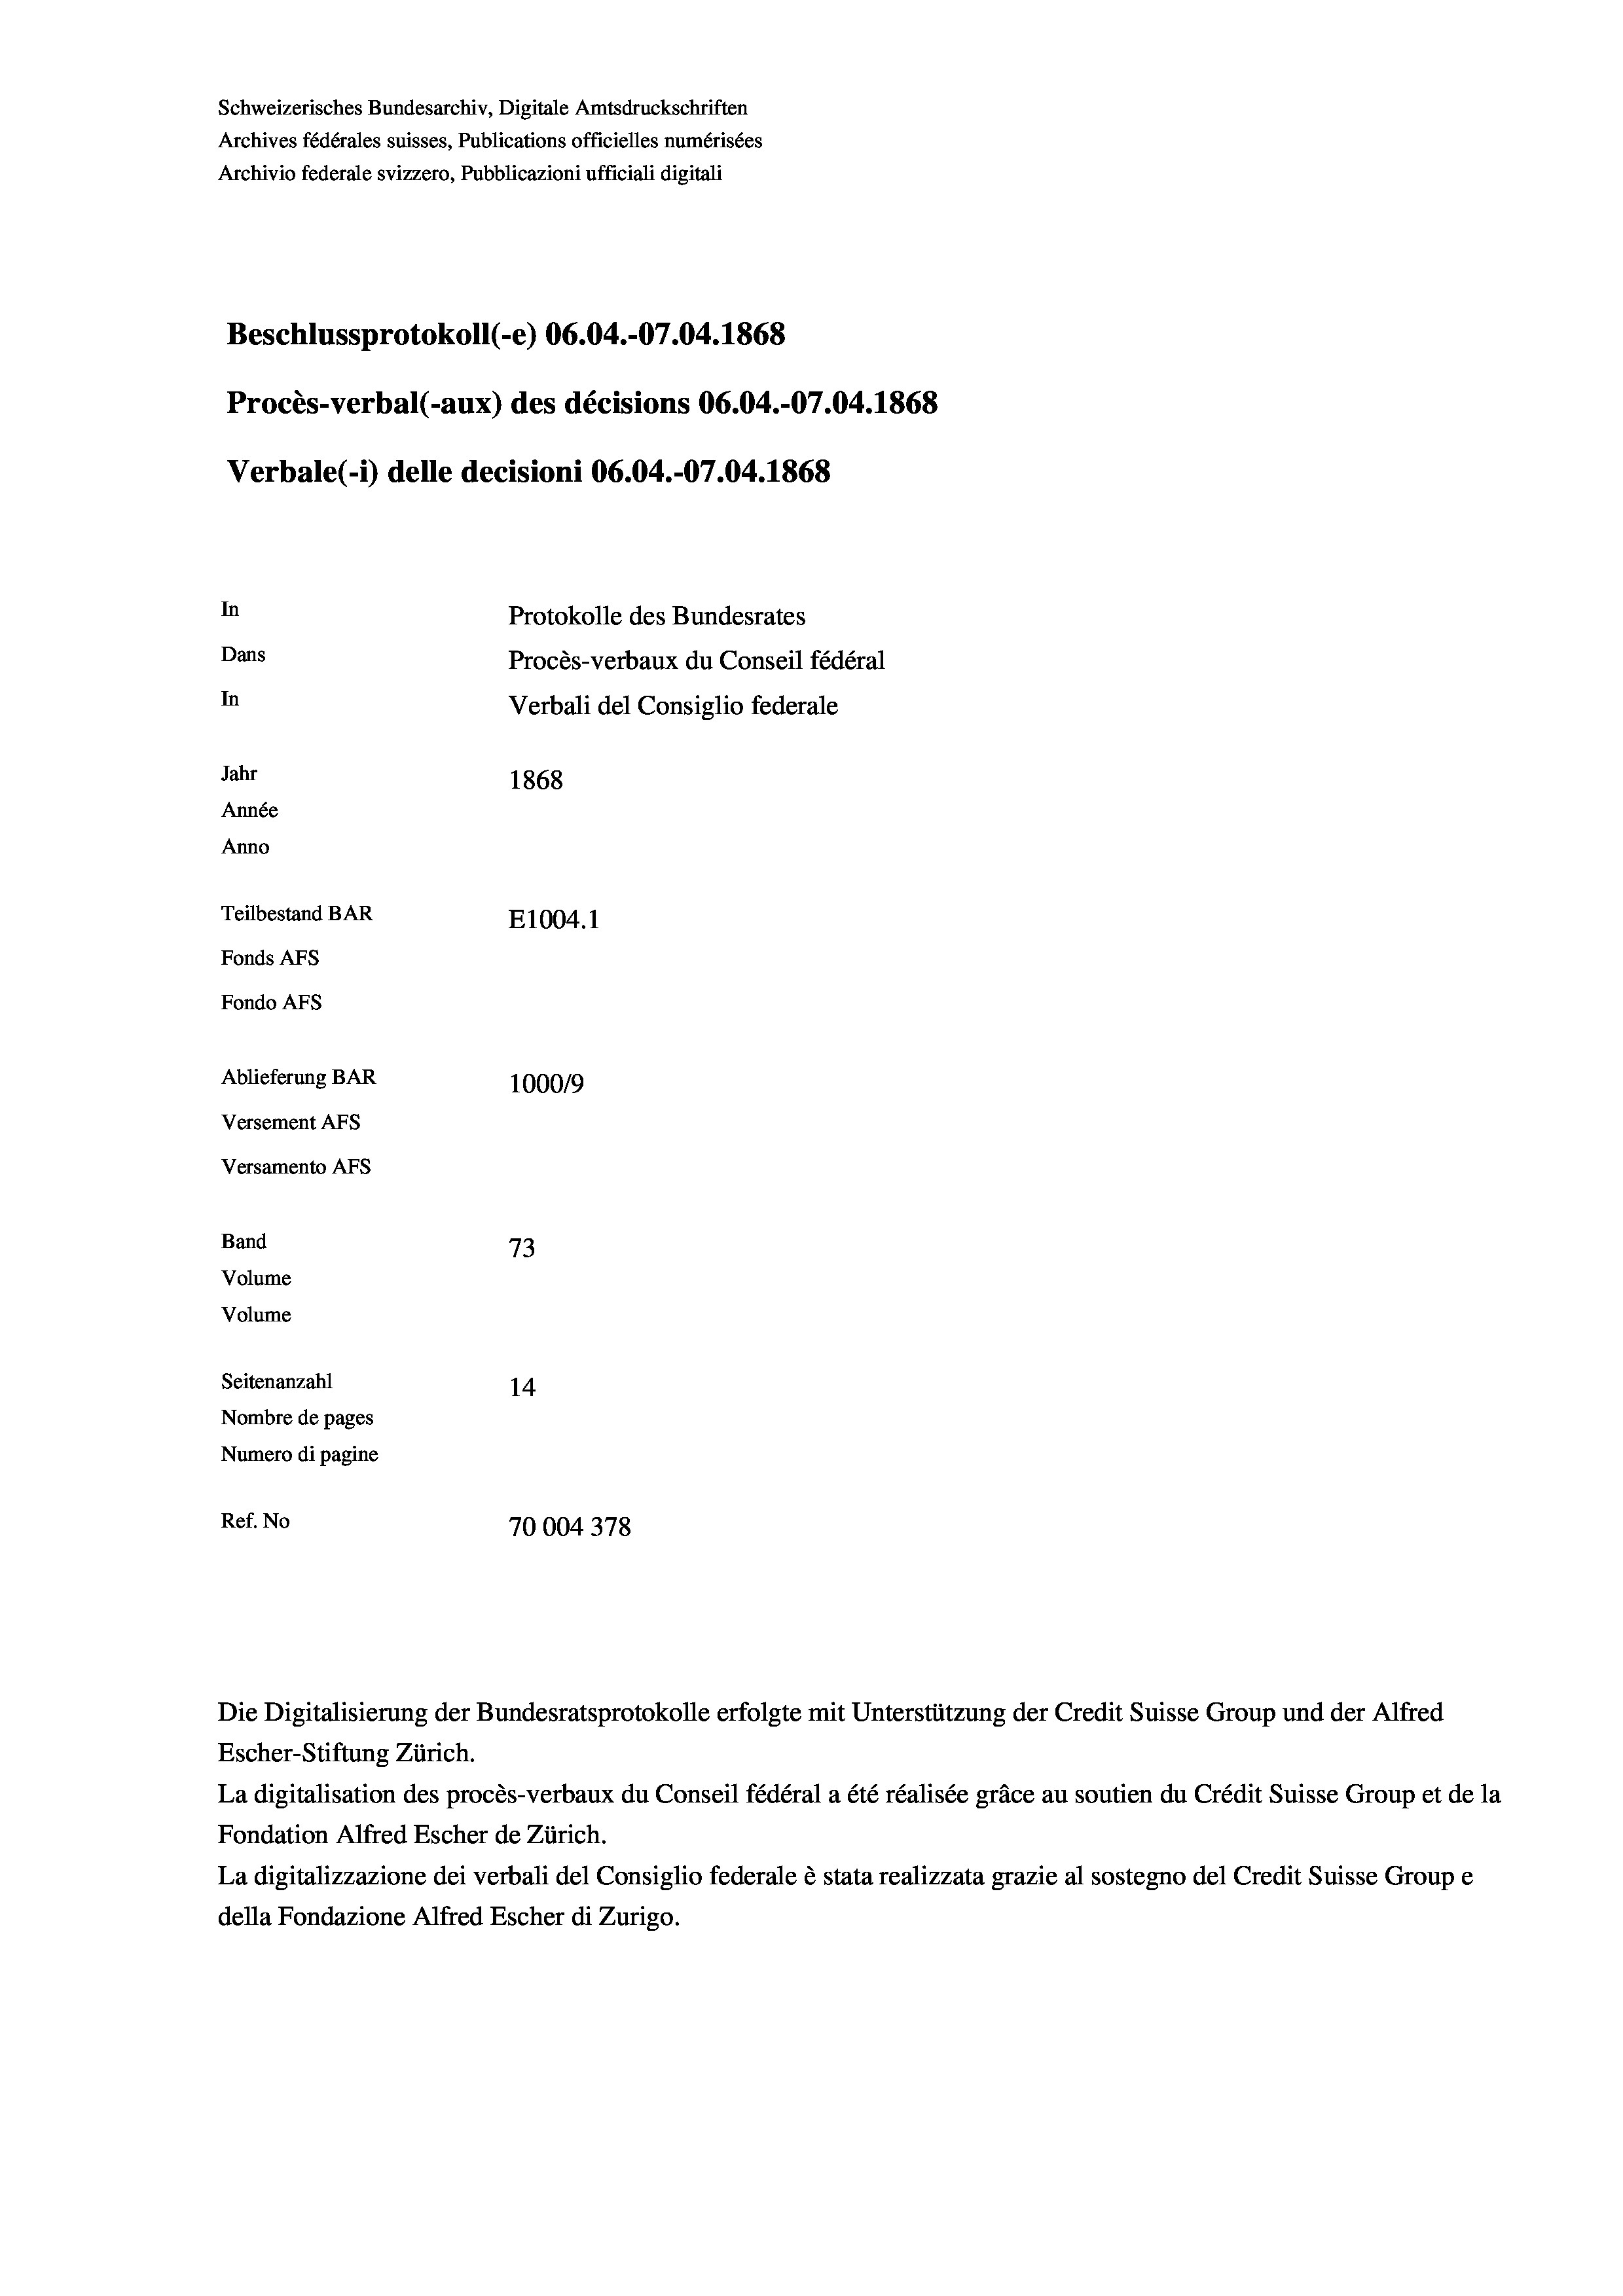
Schweizerisches Bundesarchiv, Digitale Amtsdruckschriften
Archives fédérales suisses, Publications officielles numérisées
Archivio federale svizzero, Pubblicazioni ufficiali digitali
Beschlussprotokoll (-e) 06.04.-07.04. 1868
Procès-verbal (-aux) des décisions 06.04.-07.04. 1868
Verbale(-*) delle decisioni 06.04.-07.04. 1868
In
Protokolle des Bundesrates
Dans
Procès-verbaux du Conseil fédéral
In
Verbali del Consiglio federale
Jahr
1868
Année
Anno
Teilbestand BAR
E1004. 1
Fonds AFs
Fondo Afs
Ablieferung BAR
100019
Versement AFs
Versamento AFs
Band
73
Volume
Volume
Seitenanzahl
14
Nombre de pages
Numero di pagine
Ref. No
70004 378

Escher-Stiftung Zürich.
La digitalisation des procès-verbaux du Conseil fédéral a été réalisée gräce au soutien du Crédit Suisse Group et de la
Fondation Alfred Escher de Zürich.
La digitalizzazione dei verbali del Consiglio federale è stata realizzata grazie al sostegno del Credit Suisse Groupe
della Fondazione Alfred Escher di Zurigo.

Die Digitalisierung der Bundesratsprotokolle erfolgte mit Unterstützung der Credit Suisse Group und der Alfred